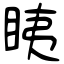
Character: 眱